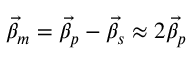
\vec { \beta } _ { m } = \vec { \beta } _ { p } - \vec { \beta } _ { s } \approx 2 \vec { \beta } _ { p }